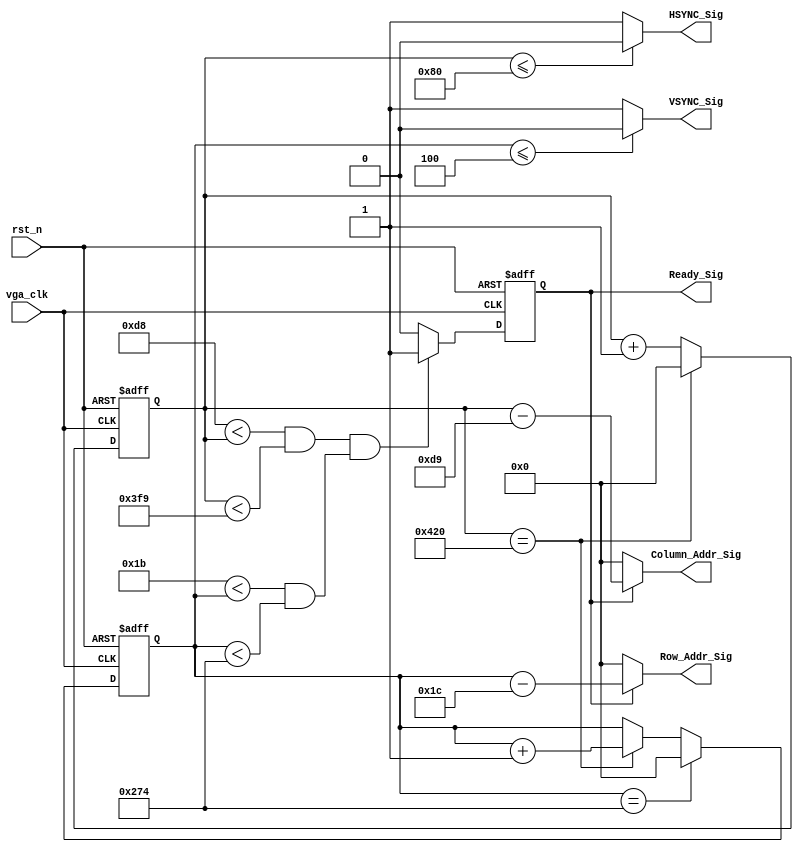

//vga_clk 40.0MHz

module vga_sync_module_800_600_60(
    vga_clk,
    rst_n,
    Ready_Sig,
    HSYNC_Sig,
    VSYNC_Sig,
    Column_Addr_Sig,
    Row_Addr_Sig
    );
    
    input vga_clk;
    input rst_n;
    
    output VSYNC_Sig;
    output HSYNC_Sig;
    output Ready_Sig;
    
    output [10:0]Column_Addr_Sig;
    output [10:0]Row_Addr_Sig;
    
    parameter X1 = 11'd128;
    parameter X2 = 11'd88;
    parameter X3 = 11'd800;
    parameter X4 = 11'd40;
    
    parameter Y1 = 11'd4;
    parameter Y2 = 11'd23;
    parameter Y3 = 11'd600;
    parameter Y4 = 11'd1;
    
    parameter H_POINT = (X1 + X2 + X3 + X4);
    parameter V_POINT = (Y1 + Y2 + Y3 + Y4);
    
    
    //
    reg [10:0]Count_H;
    
    always @(posedge vga_clk or negedge rst_n) begin
        if (!rst_n)
            Count_H <= 11'd0;
        else if(Count_H == H_POINT)
            Count_H <= 11'd0;
        else
            Count_H <= Count_H + 1'b1;
    end
    
    // 
    reg [10:0]Count_V;
    
    always @(posedge vga_clk or negedge rst_n) begin
        if (!rst_n)
            Count_V <= 11'd0;
        else if (Count_V == V_POINT)
            Count_V <= 11'd0;
        else if (Count_H == H_POINT)
            Count_V <= Count_V + 1'b1;
    end
    
    // 
    parameter X_L = (X1 + X2);
    parameter X_H = (X1 + X2 + X3 + 1);
    
    parameter Y_L = (Y1 + Y2);
    parameter Y_H = (Y1 + Y2 + Y3 + 1);
    
    reg isReady;
    
    always @(posedge vga_clk or negedge rst_n) begin
        if (!rst_n)
            isReady <= 1'b0;
        else if ((X_L < Count_H && Count_H < X_H) && (Y_L < Count_V && Count_V < Y_H))
            isReady <= 1'b1;
        else
            isReady <= 1'b0;
    end
    
    assign HSYNC_Sig = (Count_H <= X1) ? 1'b0 : 1'b1;
    assign VSYNC_Sig = (Count_V <= Y1) ? 1'b0 : 1'b1;
    assign Ready_Sig = isReady;
    
    // xy 0
    assign Column_Addr_Sig = isReady ? Count_H - (X_L + 11'd1) : 11'd0;
    assign Row_Addr_Sig = isReady ? Count_V - (Y_L + 11'd1) : 11'd0;
    
endmodule